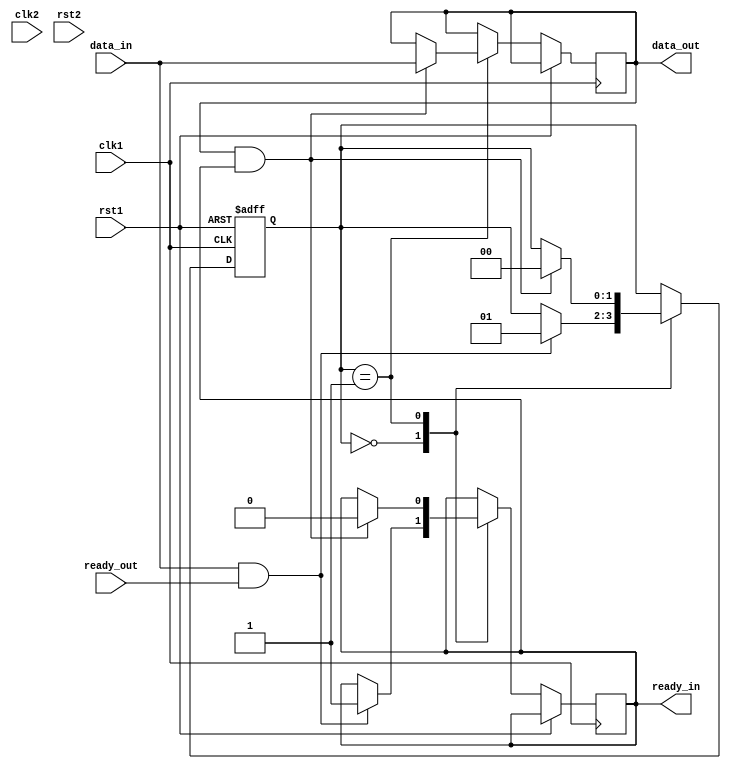
module synchronizer_handshake (
  input wire clk1, // Clock domain 1
  input wire rst1, // Reset for clock domain 1
  input wire data_in, // Data input from sender
  output wire ready_in, // Signal indicating sender is ready
  input wire clk2, // Clock domain 2
  input wire rst2, // Reset for clock domain 2
  output wire data_out, // Data output to receiver
  input wire ready_out // Signal indicating receiver is ready
);

reg [1:0] state; // State machine for handshaking logic

always @ (posedge clk1 or posedge rst1) begin
  if (rst1) begin
    state <= 2'b00; // Reset state machine
  end else begin
    case (state)
      2'b00: begin // Initial state, waiting for sender to be ready
        if (data_in && ready_out) begin
          ready_in <= 1'b1; // Sender is ready
          state <= 2'b01; // Move to next state
        end
      end
      2'b01: begin // Sender is ready, waiting for receiver to be ready
        if (data_out && ready_in) begin
          data_out <= data_in; // Transfer data to receiver
          ready_in <= 1'b0; // Reset ready_in
          state <= 2'b00; // Reset state machine
        end
      end
    endcase
  end
end

always @ (posedge clk2 or posedge rst2) begin
  if (rst2) begin
    // Reset any necessary signals for clock domain 2
  end else begin
    // Any additional logic for clock domain 2
  end
end

endmodule